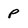
Character: P